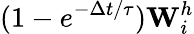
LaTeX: (1-e^{-\Delta t/\tau})\textbf{W}_{i}^{h}